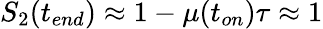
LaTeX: S_{2}(t_{end})\approx 1-\mu(t_{on})\tau\approx 1